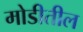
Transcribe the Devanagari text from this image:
मोडीतील